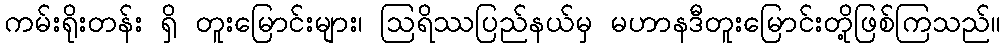
ကမ်းရိုးတန်း ရှိ တူးမြောင်းများ၊ ဩရိဿပြည်နယ်မှ မဟာနဒီတူးမြောင်းတို့ဖြစ်ကြသည်။